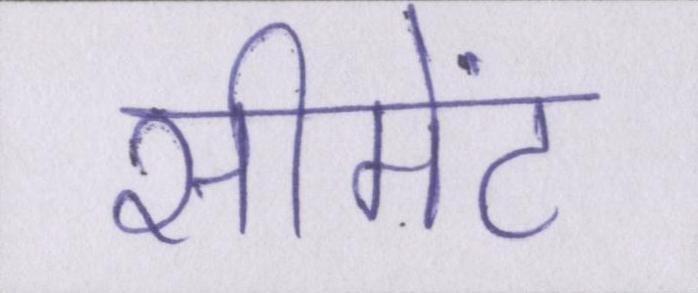
सीमेंट